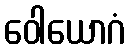
ဝေါယောဂံ